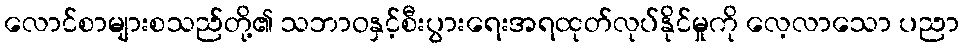
လောင်စာများစသည်တို့၏ သဘာဝနှင့်စီးပွားရေးအရထုတ်လုပ်နိုင်မှုကို လေ့လာသော ပညာ